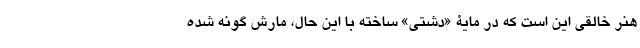
هنر خالقی این است که در مایۀ «دشتی» ساخته با این حال، مارش گونه شده